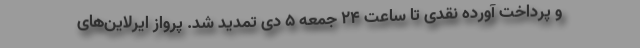
و پرداخت آورده نقدی تا ساعت ۲۴ جمعه ۵ دی تمدید شد. پرواز ایرلاین‌های